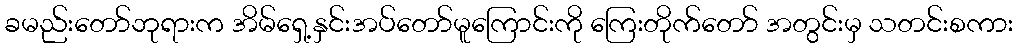
ခမည်းတော်ဘုရားက အိမ်ရှေ့နှင်းအပ်တော်မူကြောင်းကို ကြေးတိုက်တော် အတွင်းမှ သတင်းစကား